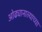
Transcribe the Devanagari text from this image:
ओढ्यानाल्याच्या